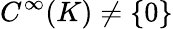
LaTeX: C^{\infty}(K)\neq\{ 0\}